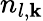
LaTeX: n_{l,\mathbf{k}}